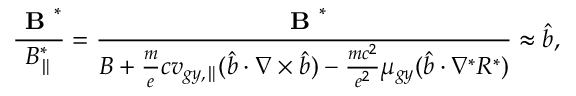
\frac { \textbf { B } ^ { * } } { B _ { \parallel } ^ { * } } = \frac { \textbf { B } ^ { * } } { B + \frac { m } { e } c { v } _ { g y , \parallel } ( \hat { b } \boldsymbol { \cdot } \nabla \times \hat { b } ) - \frac { m c ^ { 2 } } { e ^ { 2 } } \mu _ { g y } ( \hat { b } \boldsymbol { \cdot } \nabla ^ { * } R ^ { * } ) } \approx \hat { b } ,